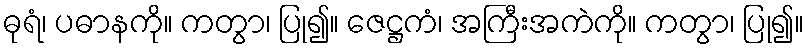
ဓုရံ၊ ပဓာနကို။ ကတွာ၊ ပြု၍။ ဇေဋ္ဌကံ၊ အကြီးအကဲကို။ ကတွာ၊ ပြု၍။